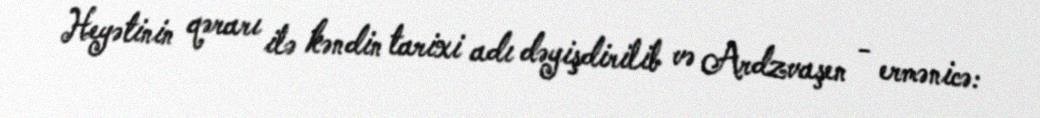
Heyətinin qərarı ilə kəndin tarixi adı dəyişdirilib və Ardzvaşen - ermənicə: